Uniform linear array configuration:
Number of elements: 64
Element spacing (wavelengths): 0.75
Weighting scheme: blackman
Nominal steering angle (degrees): -30
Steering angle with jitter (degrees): -28.512
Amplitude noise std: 0.05
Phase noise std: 0.05

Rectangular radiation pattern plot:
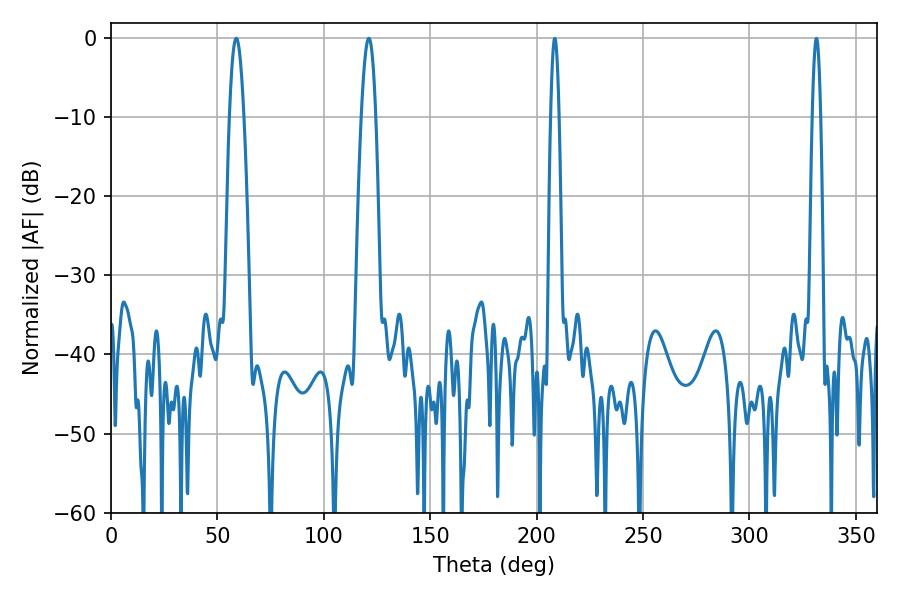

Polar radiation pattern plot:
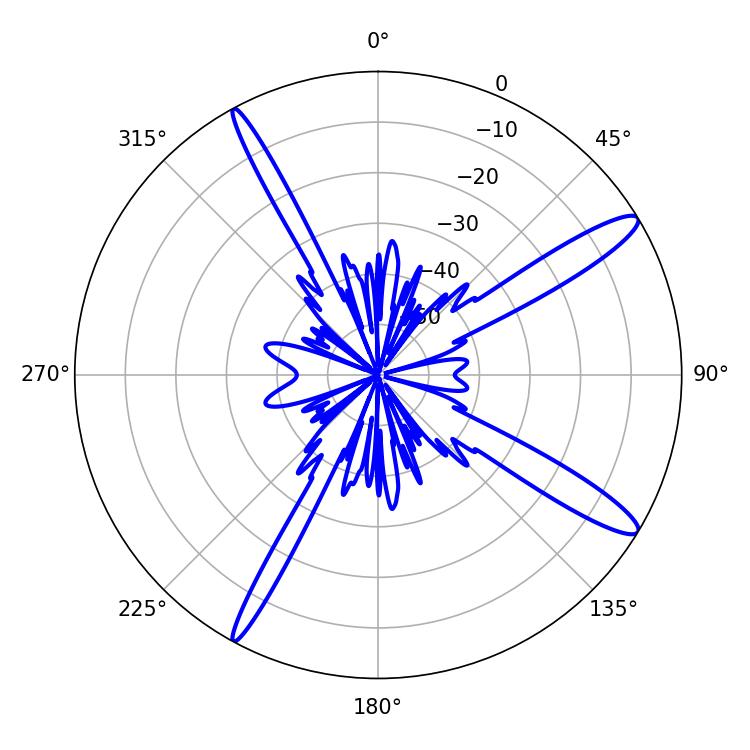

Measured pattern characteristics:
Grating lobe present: TRUE
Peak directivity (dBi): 13.886
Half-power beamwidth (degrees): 3.6
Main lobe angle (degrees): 58.86